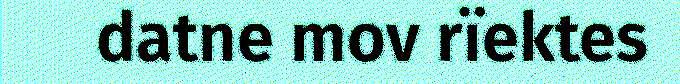
datne mov rïektes